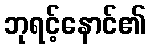
ဘုရင့်နောင်၏